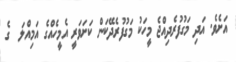
އަށެވެ. އަދި މަގުފުރެދިއްޖެ މީހަކު މަގުފުރެދޭކަން ކަށަވަރީ އެމީހެއްގެ އަމިއްލަ  ގެ